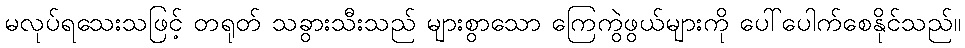
မလုပ်ရသေးသဖြင့် တရုတ် သခွားသီးသည် များစွာသော ကြေကွဲဖွယ်များကို ပေါ်ပေါက်စေနိုင်သည်။